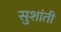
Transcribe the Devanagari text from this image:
सुशांती